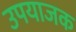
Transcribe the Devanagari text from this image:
उपयाजक